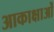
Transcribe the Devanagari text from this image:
आकाक्षाओं